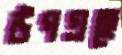
উপগ্রহে